system: You are a helpful assistant.
user:
Analyze the provided spectrum to determine if it is a **M-type Giant (gM)**.

A M-type Giant spectrum is defined by its **strong molecular absorption** features, particularly from **Titanium Oxide (TiO)**. You must check for one of the following mutually exclusive signatures:

- **Key Visual Indicators (Absorption-Dominated Spectrum):**

    - **(Primary):** The spectrum is dominated by strong molecular absorption from **Titanium Oxide (TiO)**. This is the **defining feature** of its M-type temperature class.
        - **(Key Bandheads):** Look for sharp, "saw-tooth" absorption valleys. The strongest are located near **~7050 Å**, **~6160 Å**, and **~5170 Å**.
        - **(Line Profile):** The "saw-tooth" morphology is critical: a **sharp, steep drop on the BLUE (short-wavelength) side** of the bandhead, followed by a gradual recovery (rising flux) towards the RED (long-wavelength) side.

    - **(Key Confirmation - Giant vs. Dwarf):** **ABSENCE** of strong **Calcium Hydride (CaH)** molecular bands. This is the primary diagnostic for *excluding* M-dwarfs.
        - **(Key Region):** The spectrum should lack the strong, broad absorption band seen in dwarfs between **~6800 Å and ~7000 Å**.

    - **(Secondary Confirmation - Giant):** A very strong and broad **Neutral Calcium (Ca I)** atomic absorption line.
        - **(Key Line):** Located at **~4226 Å**. In a giant (gM), this line is significantly deeper and broader than the same line in an M-dwarf (dM) due to low surface gravity.

    - **(Overall Spectrum):**
        - The continuum is **extremely red-sloping** (i.e., flux is very low in the blue and rises dramatically towards the red).
        - The entire spectrum appears "chopped up" by the deep TiO bands.

Think first, call **spectral_visualization_tool** if needed to examine features in detail, then provide your final answer. Your response must adhere to the following strict rules:
1.  **Overall Structure:** Your response must follow the format `<think>...</think> <tool_call>...</tool_call> (if a tool is used) <answer>...</answer>`.
2.  **Tool Usage Constraint:** You may only make **one** tool call per turn.
3.  **Final Answer Format:** In the `<answer>` tag, your conclusion must be inside a `\boxed{}` command (e.g., `\boxed{YES}` or `\boxed{NO}`), followed by your justification.

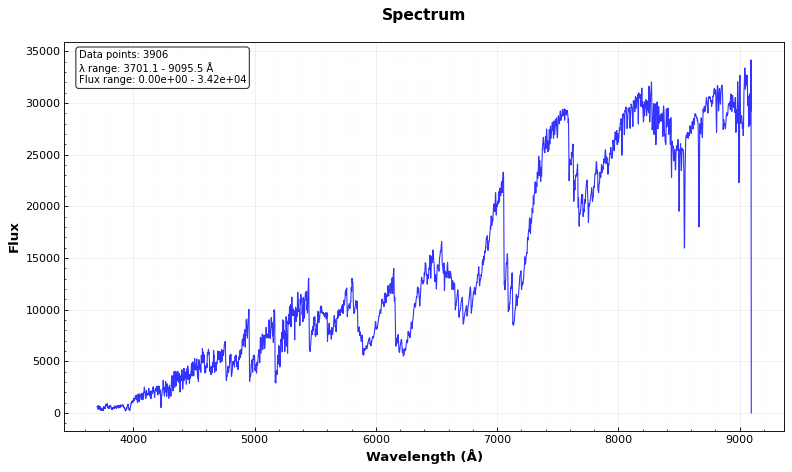
Answer: YES